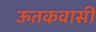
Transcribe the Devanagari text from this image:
ऊतकवासी